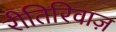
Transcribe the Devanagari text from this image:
रीतिरिवाज़